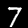
Digit: 7